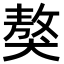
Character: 獒